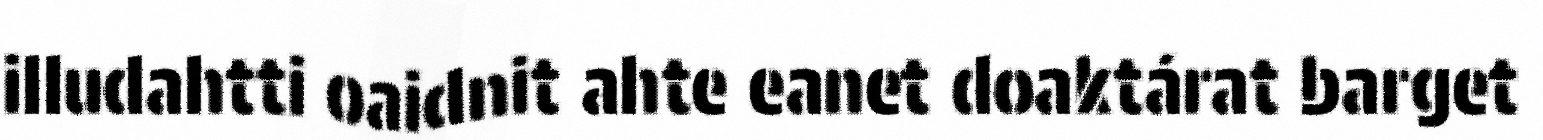
illudahtti oaidnit ahte eanet doaktárat barget